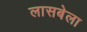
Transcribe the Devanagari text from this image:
लासबेला